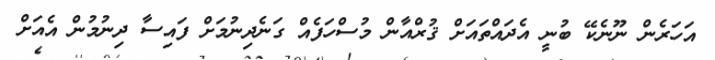
އަހަރެން ނޫނެކޭ ބުނީ އެދައްތައަށް ޤުރްއާން މުސްހަފެއް ގަނެދިނުމަށް ފައިސާ ދިނުމުން އެއަށް